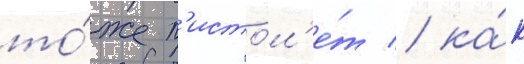
то́же п'истол'е́т / ка́к